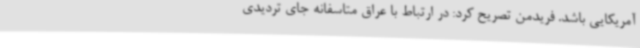
آمریکایی باشد. فریدمن تصریح کرد: در ارتباط با عراق متاسفانه جای تردیدی